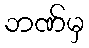
ဘဏ်မှ